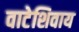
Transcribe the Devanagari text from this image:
वाटेशिवाय